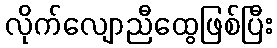
လိုက်လျောညီထွေဖြစ်ပြီး